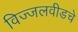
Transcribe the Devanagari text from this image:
विज्जलवीडचे